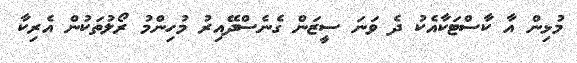
މުޅިން އާ ކާސްޓަކާއެކު ދެ ވަނަ ސީޒަން ގެނެސްދޭއިރު މުހިންމު ރޯލުތަކުން އެރިކާ